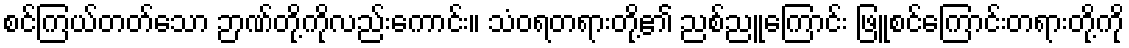
စင်ကြယ်တတ်သော ဉာဏ်တို့ကိုလည်းကောင်း။ သံဝရတရားတို့၏ ညစ်ညူကြောင်း ဖြူစင်ကြောင်းတရားတို့ကို